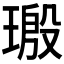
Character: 𬎀